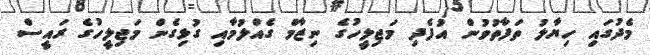
މެދުގައި ހިޔާލު ތަފާތުވުން އުފެދި މަޖިލީހުގެ ނިޒާމް ގެއްލުމާއި ގުޅިގެން މަޖިލީހުގެ ރައީސް